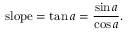
{ \mathrm { s l o p e } } = \tan a = { \frac { \sin a } { \cos a } } .